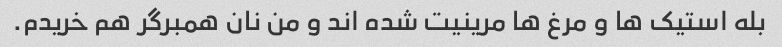
بله استیک ها و مرغ ها مرینیت شده اند و من نان همبرگر هم خریدم.